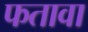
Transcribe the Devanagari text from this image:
फतावा